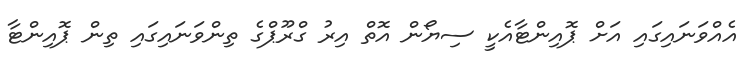
އެއްވަނައިގައި އަށް ޕޮއިންޓާއެކީ ސިޔޯން އޮތް އިރު ގްރޫޕްގެ ތިންވަނައިގައި ތިން ޕޮއިންޓާ